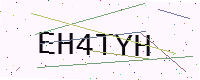
Text: EH4TYH